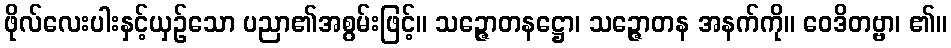
ဖိုလ်လေးပါးနှင့်ယှဉ်သော ပညာ၏အစွမ်းဖြင့်။ သဉ္ဇောတနဋ္ဌော၊ သဉ္ဇောတန အနက်ကို။ ဝေဒိတဗ္ဗာ၊ ၏။